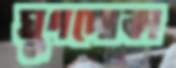
ঘুণপোকা